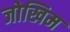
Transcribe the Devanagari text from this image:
जोखिम